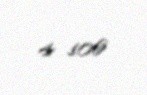
4 106